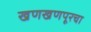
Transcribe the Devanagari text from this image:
खणखणपूरचा